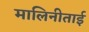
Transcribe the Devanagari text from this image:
मालिनीताई